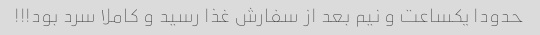
حدودا یکساعت و نیم بعد از سفارش غذا رسید و کاملا سرد بود!!!